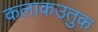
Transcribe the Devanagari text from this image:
कलाकउतुक